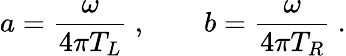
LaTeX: a={\frac{\omega}{4\pi T_{L}}}\ ,\qquad b={\frac{\omega}{4\pi T_{R}}}\ .